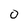
Character: 0